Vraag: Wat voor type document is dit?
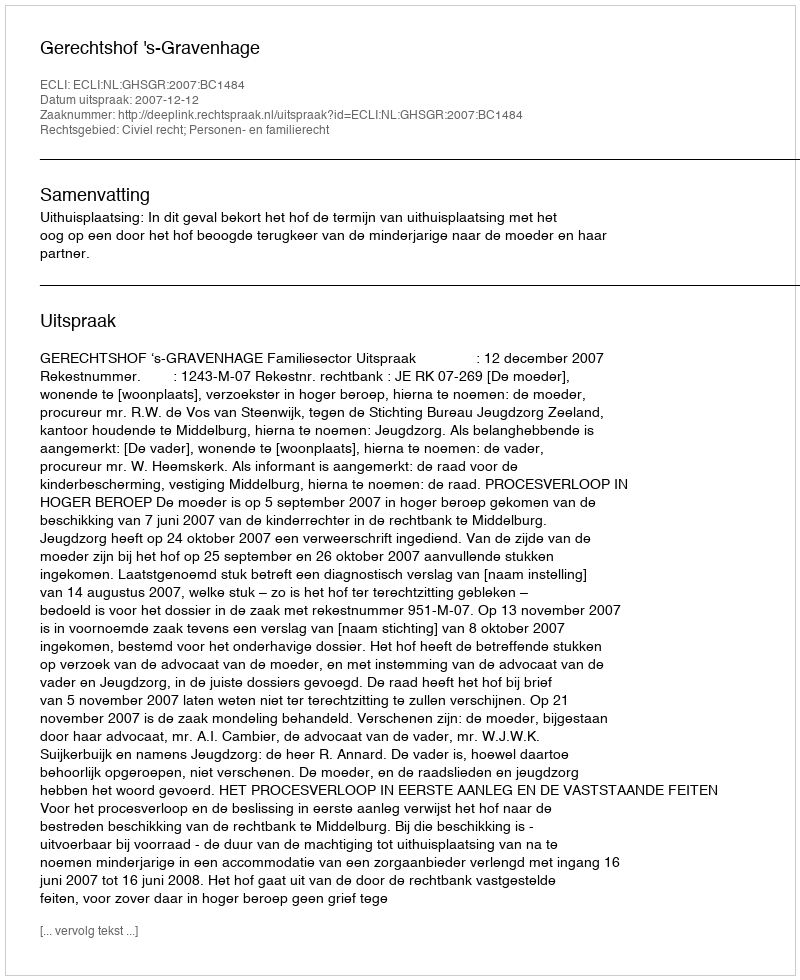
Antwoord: Uitspraak